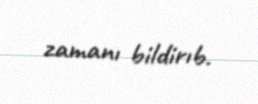
zamanı bildirıb.